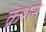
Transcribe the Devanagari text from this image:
क्रशन